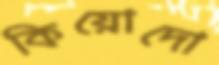
কিয়োদো